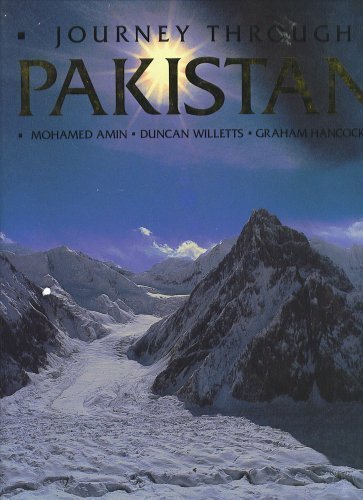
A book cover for Journey through Pakistan; Graham Amin Mohamed; Wi Duncan; Hancock; Travel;